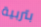
بتربية